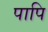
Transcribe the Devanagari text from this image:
पापि